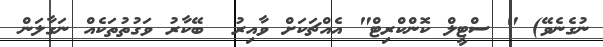
ނުގެނެވޭ) " ސްޓީލް ކޮންކްރިޓް" އެއްޗަކަށް ވާއިރު  ބޭކާރު ވަގުތުތަކެއް ނަގާލަން